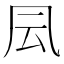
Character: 凨